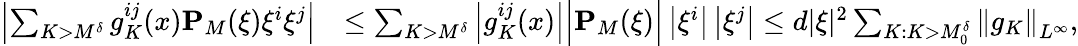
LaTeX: \begin{array}{rl}{\left\vert\sum_{K>M^{\delta}}g_{K}^{ij}(x)\mathbf{P}_{M}(\xi)\xi^{i}\xi^{j}\right\vert}&{\leq\sum_{K>M^{\delta}}\left|g_{K}^{ij}(x)\right|\Big|\mathbf{P}_{M}(\xi)\Big|\left|\xi^{i}\right|\left|\xi^{j}\right|\leq d|\xi|^{2}\sum_{K:K>M_{0}^{\delta}}\left\| g_{K}\right\| _{L^{\infty}},}\end{array}